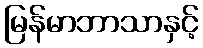
မြန်မာဘာသာနှင့်